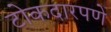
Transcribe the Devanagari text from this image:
टोकदारपणे